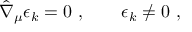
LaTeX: \hat { \nabla } _ { \mu } \epsilon _ { k } = 0 \ , \qquad \epsilon _ { k } \neq 0 \ ,